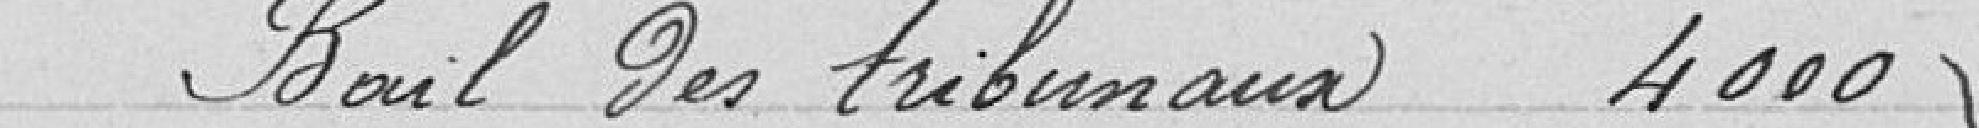
Bail des tribunaux  4 000